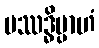
ပဿဒ္ဓိမ္ပာဟံ